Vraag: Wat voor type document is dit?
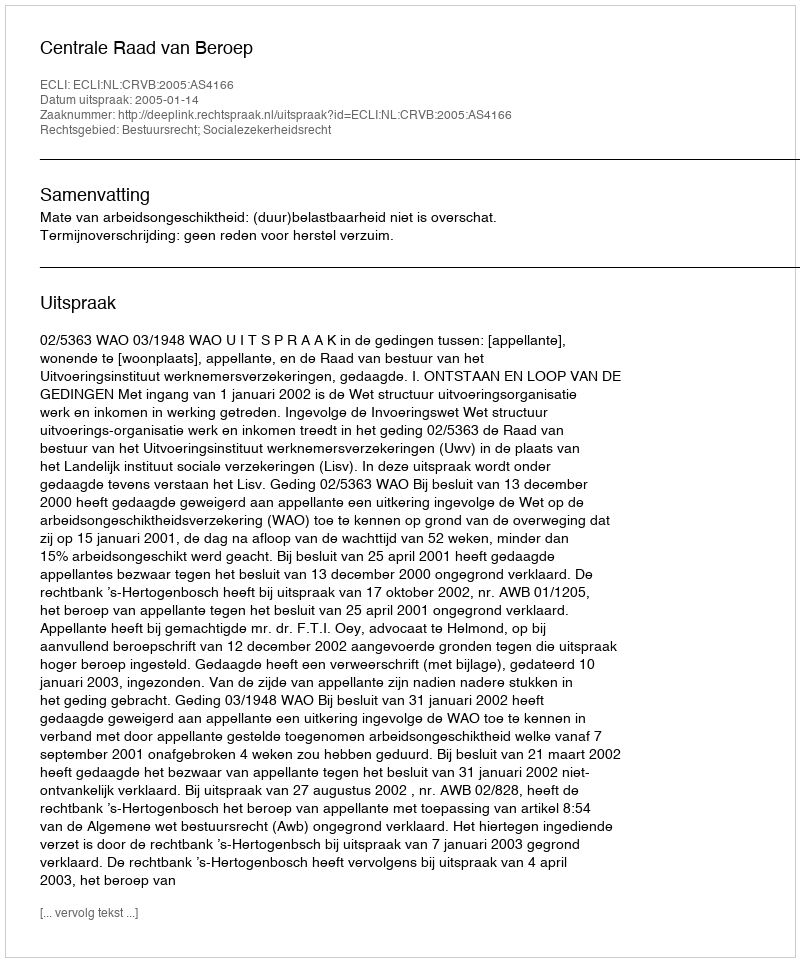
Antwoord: Uitspraak